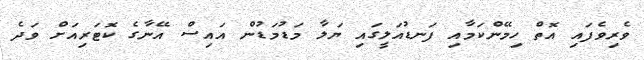
ވެރިވެފައި އޮތް ހިމޭންކަމާއި ފަނޑުއަލީގައި ޔަލާ މަޑުމަޑުން އައިސް އޭނާގެ ކޮޓަރިއަށް ވަދެ